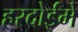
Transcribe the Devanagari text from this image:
हरदोईमें